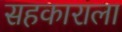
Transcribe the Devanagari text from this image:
सहकाराला